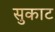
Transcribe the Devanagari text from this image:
सुकाट